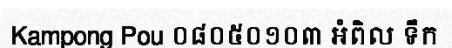
Kampong Pou ០៨០៥០១០៣ អំពិល ទឹក